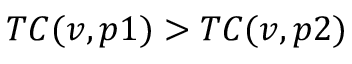
T C ( v , p 1 ) > T C ( v , p 2 )